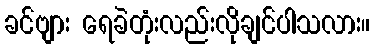
ခင်ဗျား ရေခဲတုံးလည်းလိုချင်ပါသလား။